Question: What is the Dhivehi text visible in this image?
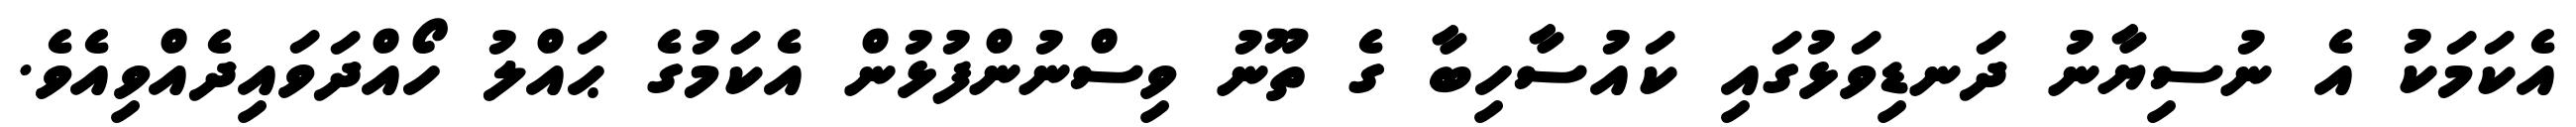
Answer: އެކަމަކު އެ ނުސިޔާނު ދަނޑިވަޅުގައި ކައުސާހިބާ ގެ ތޫނު ވިސްނުންފުޅުން އެކަމުގެ ޙައްލު ހޯއްދަވައިދެއްވިއެވެ.